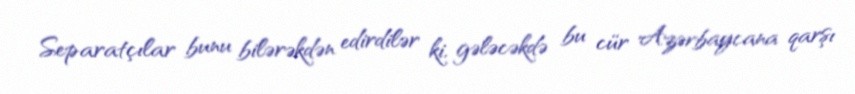
Separatçılar bunu bilərəkdən edirdilər ki, gələcəkdə bu cür Azərbaycana qarşı